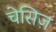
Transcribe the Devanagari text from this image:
चेसिज़